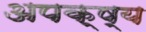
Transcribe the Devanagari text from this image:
अपक्ष्य